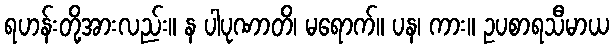
ရဟန်းတို့အားလည်း။ န ပါပုဏာတိ၊ မရောက်။ ပန၊ ကား။ ဥပစာရသီမာယ